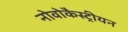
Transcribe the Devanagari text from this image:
नोवोकैस्ट्रीयन